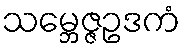
သမ္ဘေဇ္ဇဥဒကံ